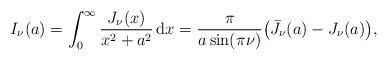
LaTeX: \begin{align*}I_{\nu}(a)=\int_0^{\infty}\frac{J_{\nu}(x)}{x^2+a^2}\,{\rm d}x=\frac{\pi}{a\sin(\pi\nu)} \bigl({\bar J}_{\nu}(a)-J_{\nu}(a)\bigr), \end{align*}